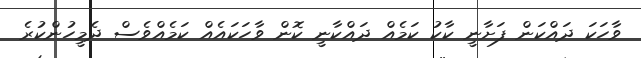
ވާހަކަ ދައްކަން ފަށާނީ ކާކު ކަމެއް ދައްކާނީ ކޮން ވާހަކައެއް ކަމެއްވެސް ދެމީހުންކުރެ